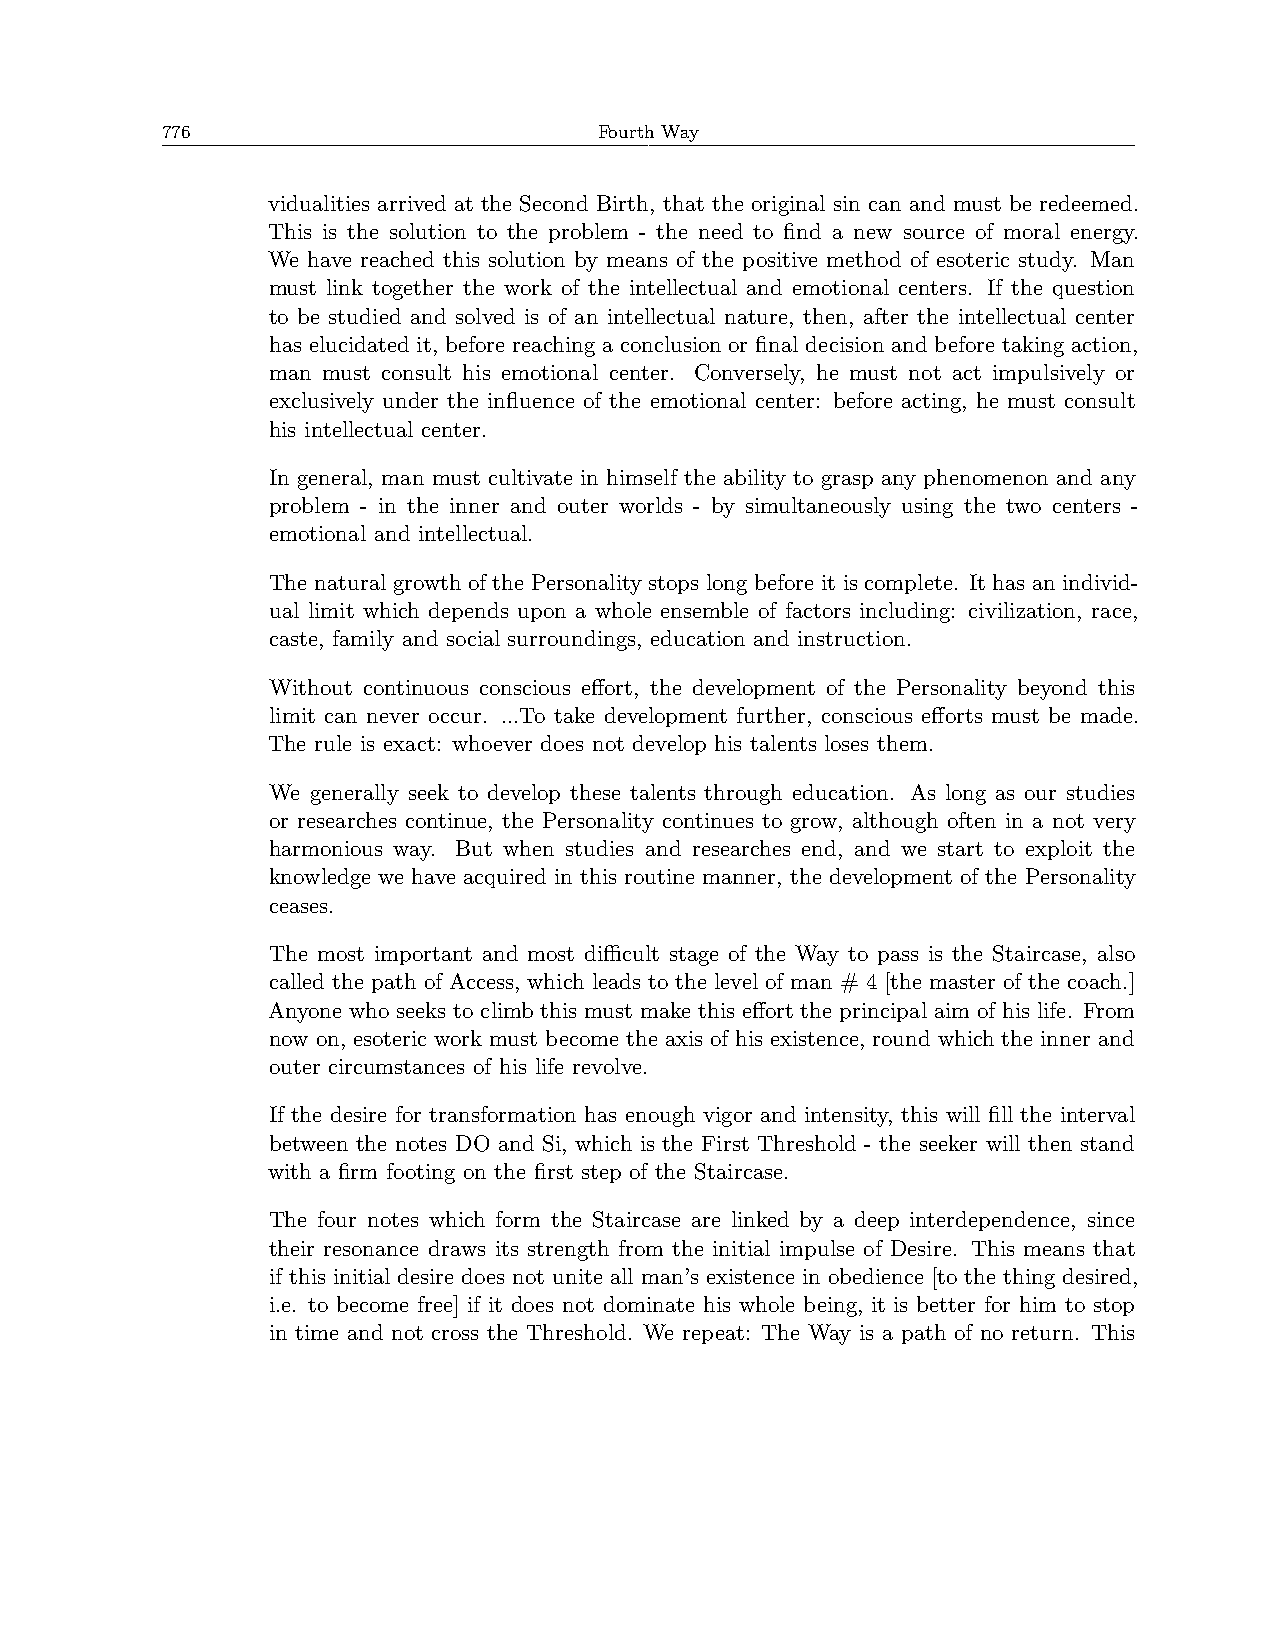
776                          Fourth Way
 vidualities arrived at the Second Birth, that the original sin can and must be redeemed.
 This is the solution to the problem - the need to find a new source of moral energy.
 We have reached this solution by means of the positive method of esoteric study. Man
 must link together the work of the intellectual and emotional centers. If the question
 to be studied and solved is of an intellectual nature, then, after the intellectual center
 has elucidated it, before reaching a conclusion or final decision and before taking action,
 man must consult his emotional center. Conversely, he must not act impulsively or
 exclusively under the influence of the emotional center: before acting, he must consult
 his intellectual center.
 In general, man must cultivate in himself the ability to grasp any phenomenon and any
 problem - in the inner and outer worlds - by simultaneously using the two centers -
 emotional and intellectual.
 The natural growth of the Personality stops long before it is complete. It has an individ-
 ual limit which depends upon a whole ensemble of factors including: civilization, race,
 caste, family and social surroundings, education and instruction.
 Without continuous conscious effort, the development of the Personality beyond this
 limit can never occur. ...To take development further, conscious efforts must be made.
 The rule is exact: whoever does not develop his talents loses them.
 We generally seek to develop these talents through education. As long as our studies
 or researches continue, the Personality continues to grow, although often in a not very
 harmonious way. But when studies and researches end, and we start to exploit the
 knowledge we have acquired in this routine manner, the development of the Personality
 ceases.
 The most important and most diﬀicult stage of the Way to pass is the Staircase, also
 called the path of Access, which leads to the level of man # 4 [the master of the coach.]
 Anyone who seeks to climb this must make this effort the principal aim of his life. From
 now on, esoteric work must become the axis of his existence, round which the inner and
 outer circumstances of his life revolve.
 If the desire for transformation has enough vigor and intensity, this will fill the interval
 between the notes DO and Si, which is the First Threshold - the seeker will then stand
 with a firm footing on the first step of the Staircase.
 The four notes which form the Staircase are linked by a deep interdependence, since
 their resonance draws its strength from the initial impulse of Desire. This means that
 if this initial desire does not unite all man’s existence in obedience [to the thing desired,
 i.e. to become free] if it does not dominate his whole being, it is better for him to stop
 in time and not cross the Threshold. We repeat: The Way is a path of no return. This